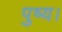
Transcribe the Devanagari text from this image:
पुष्य।